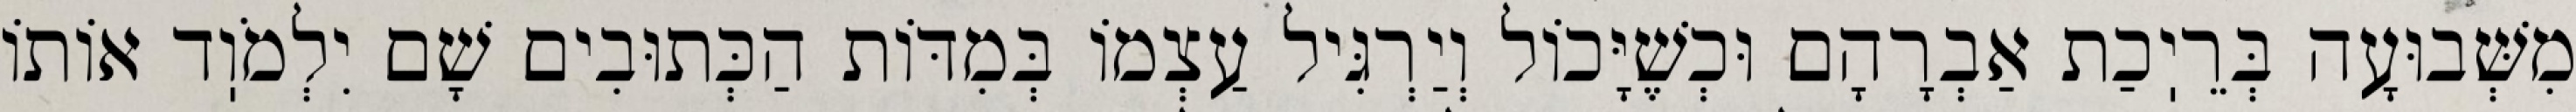
מִשְּׁבוּעָה בְּרֵיֽכַת אַבְרָהָם וּכְשֶׁיָּכוֹל וְיַרְגִּיל עַצְמוֹ בְּמִדּוֹת הַכְּתוּבִים שָׁם יִלְמֹוֽד אוֹתוֹ